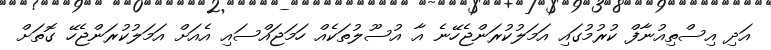
އަދި އިސްތިއުނާފް ކުރުމުގައި އަމަލުކުރަންޖެހޭނެ އާ އުސޫލުތަކެއް ހަމަޖައްސައި އެއަށް އަމަލުކުރަންޖެހޭ ގޮތަށް